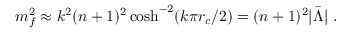
m _ { f } ^ { 2 } \approx k ^ { 2 } ( n + 1 ) ^ { 2 } \cosh ^ { - 2 } ( k \pi r _ { c } / 2 ) = ( n + 1 ) ^ { 2 } | \bar { \Lambda } | \ .